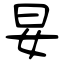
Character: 妟